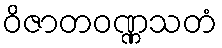
ဝိဇာတဝဏ္ဏသတံ